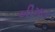
બીમાર